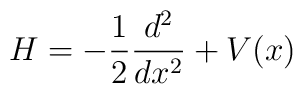
H=-\frac 12\frac {d^2}{dx^2}+V(x)